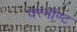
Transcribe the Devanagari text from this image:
वरमॉण्ट